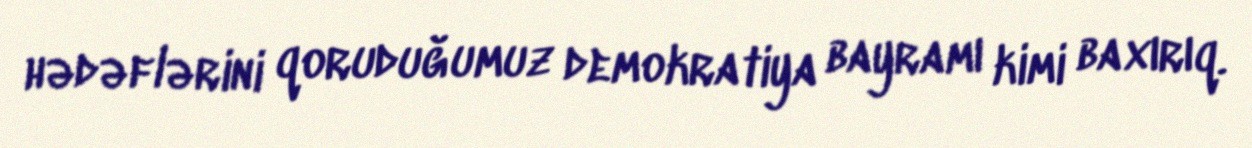
hədəflərini qoruduğumuz demokratiya bayramı kimi baxırıq.